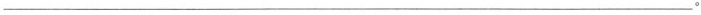
___ 。